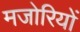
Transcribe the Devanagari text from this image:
मजोरियों